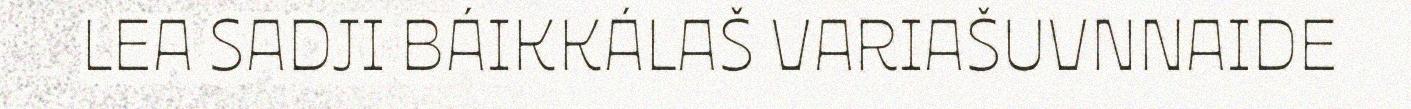
LEA SADJI BÁIKKÁLAŠ VARIAŠUVNNAIDE